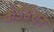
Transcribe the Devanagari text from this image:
कंडेसेशन